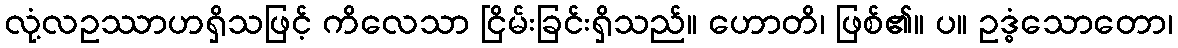
လုံ့လဥဿာဟရှိသဖြင့် ကိလေသာ ငြိမ်းခြင်းရှိသည်။ ဟောတိ၊ ဖြစ်၏။ ပ။ ဥဒ္ဓံသောတော၊